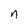
Character: n